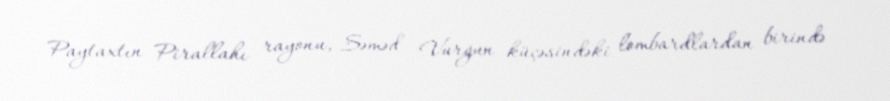
Paytaxtın Pirallahı rayonu, Səməd Vurğun küçəsindəki lombardlardan birində